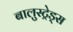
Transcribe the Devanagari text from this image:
बालुस्‍ट्रेड्स